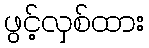
ဖွင့်လှစ်ထား